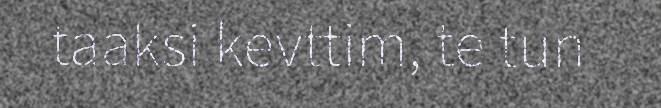
taaksi kevttim, te tun